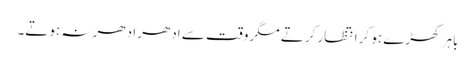
باہر کھڑے ہو کر انتظار کرتے مگر وقت سے ادھر ادھر نہ ہوتے۔